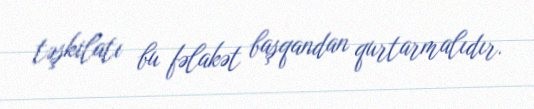
təşkilatı bu fəlakət başqandan qurtarmalıdır.